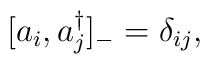
[a_{i}, a^{\dagger}_{j}]_{-} = \delta_{ij},